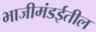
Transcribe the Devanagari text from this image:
भाजीमंडईतील